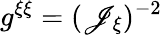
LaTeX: g^{\xi\xi}=(\mathscr{J}_{\xi})^{-2}